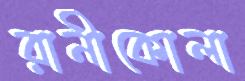
রানীকোলা